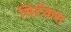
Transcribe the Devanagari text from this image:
सिटॅकस